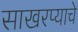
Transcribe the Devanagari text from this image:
साखरप्याचे